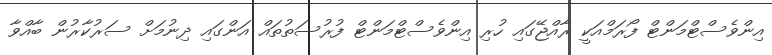
އިންވެސްޓްމަންޓް ފޯރަމްއަކީ ރާއްޖޭގައި ހުރި އިންވެސްޓްމަންޓް ފުރުސަތުތައް އަންގައި ދިނުމަށް ސަރުކާރުން ބާއްވާ